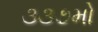
૩૩૭મો